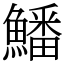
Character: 鱕